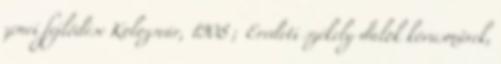
zenei fejlődése Kolozsvár, 1908 ; Eredeti székely dalok kórusművek,